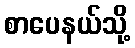
စာပေနယ်သို့